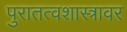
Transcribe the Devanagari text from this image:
पुरातत्वशास्त्रावर